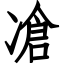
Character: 凔